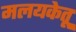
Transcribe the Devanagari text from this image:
मलयकेतू